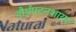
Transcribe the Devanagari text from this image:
नौर्थंपटनशायर